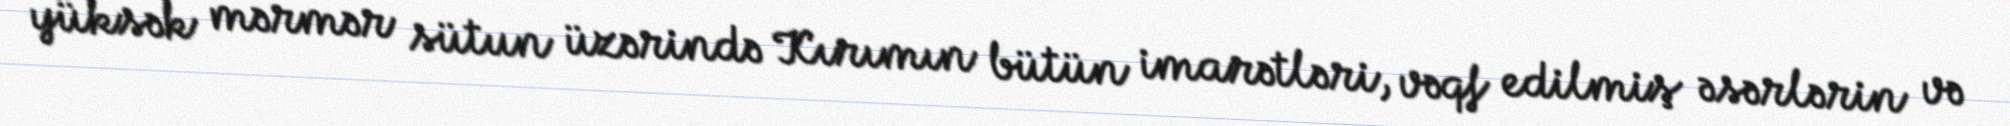
yüksək mərmər sütun üzərində Kırımın bütün imarətləri, vəqf edilmiş əsərlərin və